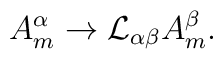
A^{\alpha}_m \rightarrow {\cal L}_{\alpha\beta}A^{\beta}_m.